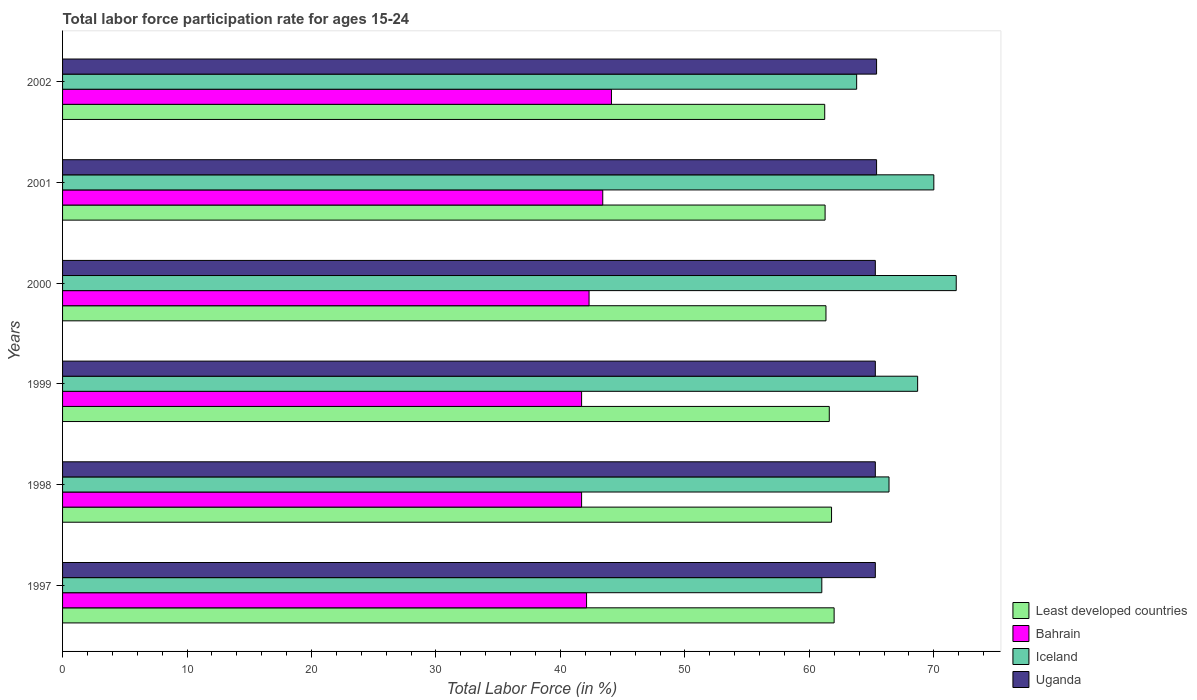
| Years | Least developed countries | Bahrain | Iceland | Uganda |
 | --- | --- | --- | --- | --- |
 | 1997 | 62 | 42.1 | 61 | 65.3 |
 | 1998 | 61.8 | 41.7 | 66.4 | 65.3 |
 | 1999 | 61.6 | 41.7 | 68.7 | 65.3 |
 | 2000 | 61.3 | 42.3 | 71.8 | 65.3 |
 | 2001 | 61.3 | 43.4 | 70 | 65.4 |
 | 2002 | 61.2 | 44.1 | 63.8 | 65.4 |